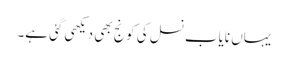
یہاں نایاب نسل کی کونج بھی دیکھی گئی ہے۔